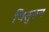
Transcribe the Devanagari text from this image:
पितुरून